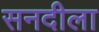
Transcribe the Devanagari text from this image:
सनदीला